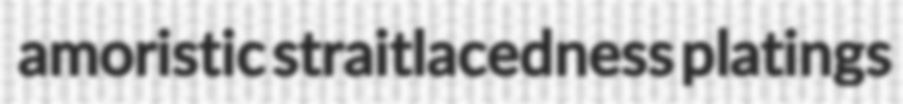
amoristic straitlacedness platings